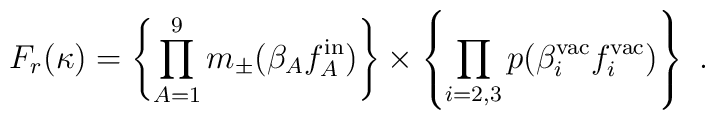
F_r (\kappa) =\left\{ \prod^9_{A=1} m_\pm (\beta_A f^{\rm in}_A) \right\} \times \left\{ \prod_{i=2,3} p (\beta^{\rm vac}_i f^{\rm vac}_i) \right\} \ .